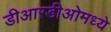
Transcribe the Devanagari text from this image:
डीआरडीओमध्ये